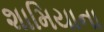
શામિયાના